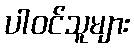
ပါဝင်သူများ